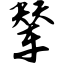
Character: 辇